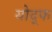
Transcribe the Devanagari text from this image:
योद्फ